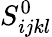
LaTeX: S_{ijkl}^{0}